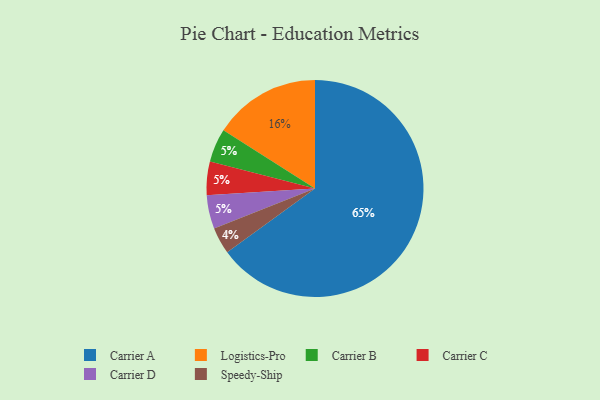
{"axis": {"x": "Category", "y": "Percentage"}, "legend": ["Carrier A", "Carrier B", "Carrier C", "Carrier D", "Logistics-Pro", "Speedy-Ship"], "data": [{"x": "Carrier A", "y": 65, "type": "Carrier A"}, {"x": "Speedy-Ship", "y": 4, "type": "Speedy-Ship"}, {"x": "Carrier B", "y": 5, "type": "Carrier B"}, {"x": "Carrier C", "y": 5, "type": "Carrier C"}, {"x": "Logistics-Pro", "y": 16, "type": "Logistics-Pro"}, {"x": "Carrier D", "y": 5, "type": "Carrier D"}]}